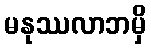
မနုဿလာဘမှိ